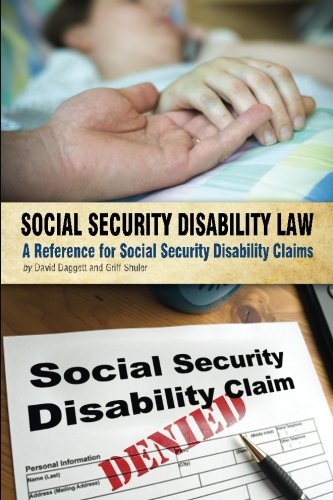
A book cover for Social Security Disability Law: A Reference for Social Security Disability Claims; David Daggett; Law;